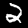
Label: 2